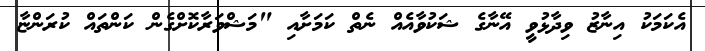
އެކަމަކު އިނާޒު ވިދާޅުވީ އޭނާގެ ޝަކުވާއެއް ނެތް ކަމަށާއި "މަޝްވަރާކޮށްގެން ކަންތައް ކުރަންޏާ